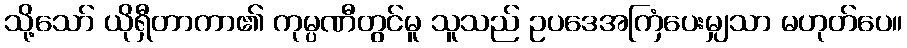
သို့သော် ယိုရှီတာကာ၏ ကုမ္ပဏီတွင်မူ သူသည် ဥပဒေအကြံပေးမျှသာ မဟုတ်ပေ။